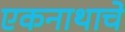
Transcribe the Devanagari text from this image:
एकनाथाचे